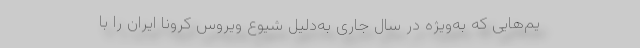
یم‌هایی که به‌ویژه در سال جاری به‌دلیل شیوع ویروس کرونا ایران را با